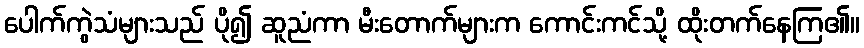
ပေါက်ကွဲသံများသည် ပို၍ ဆူညံကာ မီးတောက်များက ကောင်းကင်သို့ ထိုးတက်နေကြ၏။